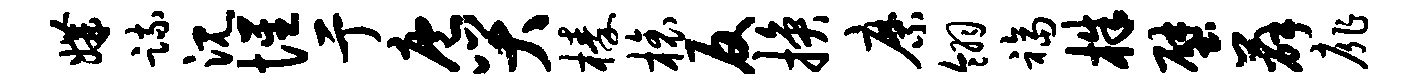
媾疏沉惺亍庖哭榛榱反换縻翎福株壁薛扉